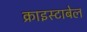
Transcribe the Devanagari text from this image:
क्राइस्टाबेल